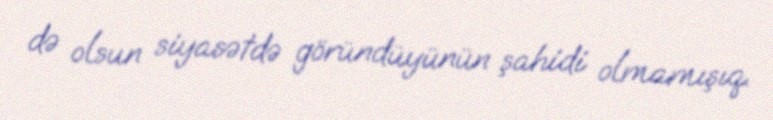
də olsun siyasətdə göründüyünün şahidi olmamışıq.